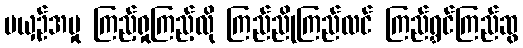
မယှဉ်အမှု ကြည့်ရှုကြည့်လို ကြည်ညိုကြည်လင် ကြည်ရွှင်ကြည်ဆွ